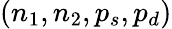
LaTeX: (n_{1},n_{2},p_{s},p_{d})